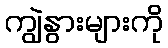
ကျွဲနွားများကို